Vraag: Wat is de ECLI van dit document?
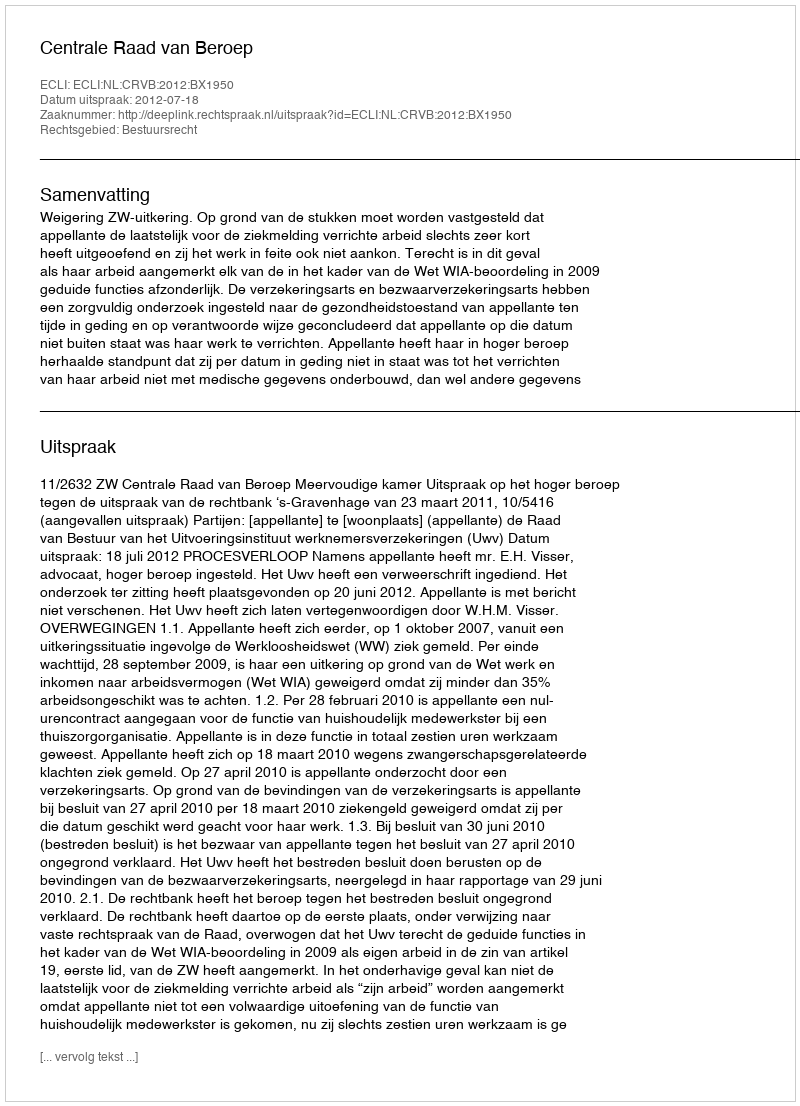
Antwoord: ECLI:NL:CRVB:2012:BX1950